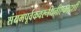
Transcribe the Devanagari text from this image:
संयमपूर्वकवरूथिनीएकादशी